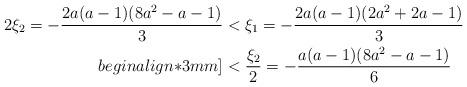
LaTeX: \begin{align*}2\xi_2 = -\frac{2a(a-1) (8 a^2-a-1) }{3}&< \xi_1= - \frac{2a(a-1) (2 a^2+2a-1) }{3}\\begin{align*}3mm]&< \frac{\xi_2}{2}=-\frac{a(a-1) (8 a^2-a-1) }{6}\end{align*}